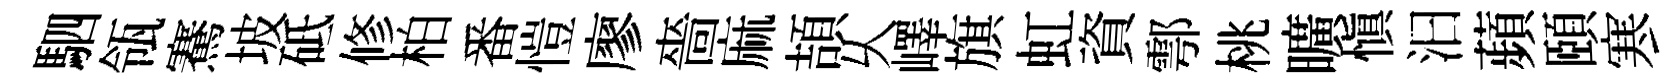
駟瓴騫坡砥修柏番愷廖嗇麻頡乆嶧旗虹資鄠桃曠慎汩蘋頤寒